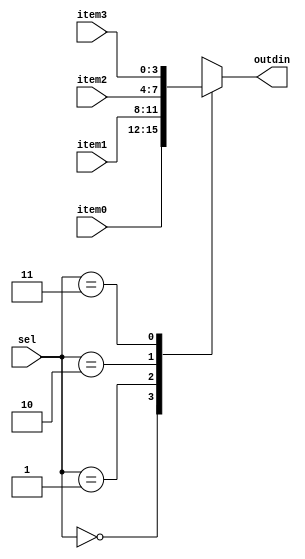
module mux_4to1(item0,item1,item2,item3,sel,outdin);
input[3:0] item0,item1,item2,item3;
input [1:0]sel;
output [3:0] outdin;
reg [3:0] outdin;
always@(*)
  begin
   case(sel)
    0: outdin=item0;
    1: outdin=item1;
    2: outdin=item2;
    3: outdin=item3;
   endcase
  end
endmodule